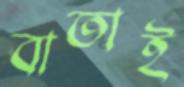
বাতাই